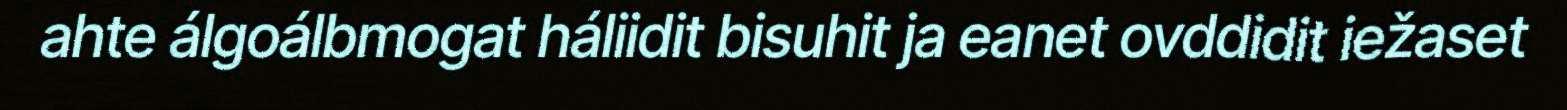
ahte álgoálbmogat háliidit bisuhit ja eanet ovddidit iežaset